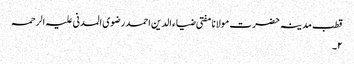
قطب مدینہ حضرت مولانا مفتی ضیاء الدین احمد رضوی المدنی علیہ الرحمہ
۲۔